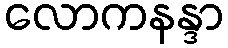
လောကနန္ဒာ